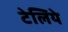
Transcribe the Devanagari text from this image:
टेलिये